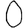
Digit: 0